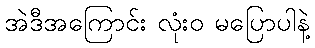
အဲဒီအကြောင်း လုံးဝ မပြောပါနဲ့